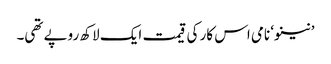
’نینو‘ نامی اس کار کی قیمت ایک لاکھ روپے تھی۔